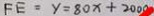
F E = y = 8 0 x + 2 0 0 0